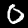
Digit: 0